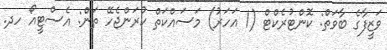
ވަޒީފާގެ ބާވަތް: ކޮންޓުރެކްޓް (1 އަހަރު) މަސައްކަތް ކުރަންޖެހޭ ތަން: އެސްޓީއޯ ހދ.